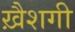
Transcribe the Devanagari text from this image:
ख़ैशगी